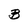
Character: B